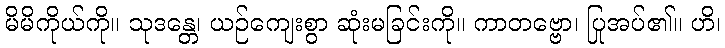
မိမိကိုယ်ကို။ သုဒန္တေ၊ ယဉ်ကျေးစွာ ဆုံးမခြင်းကို။ ကာတဗ္ဗော၊ ပြုအပ်၏။ ဟိ၊